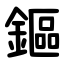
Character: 鏂